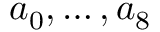
a _ { 0 } , \ldots , a _ { 8 }